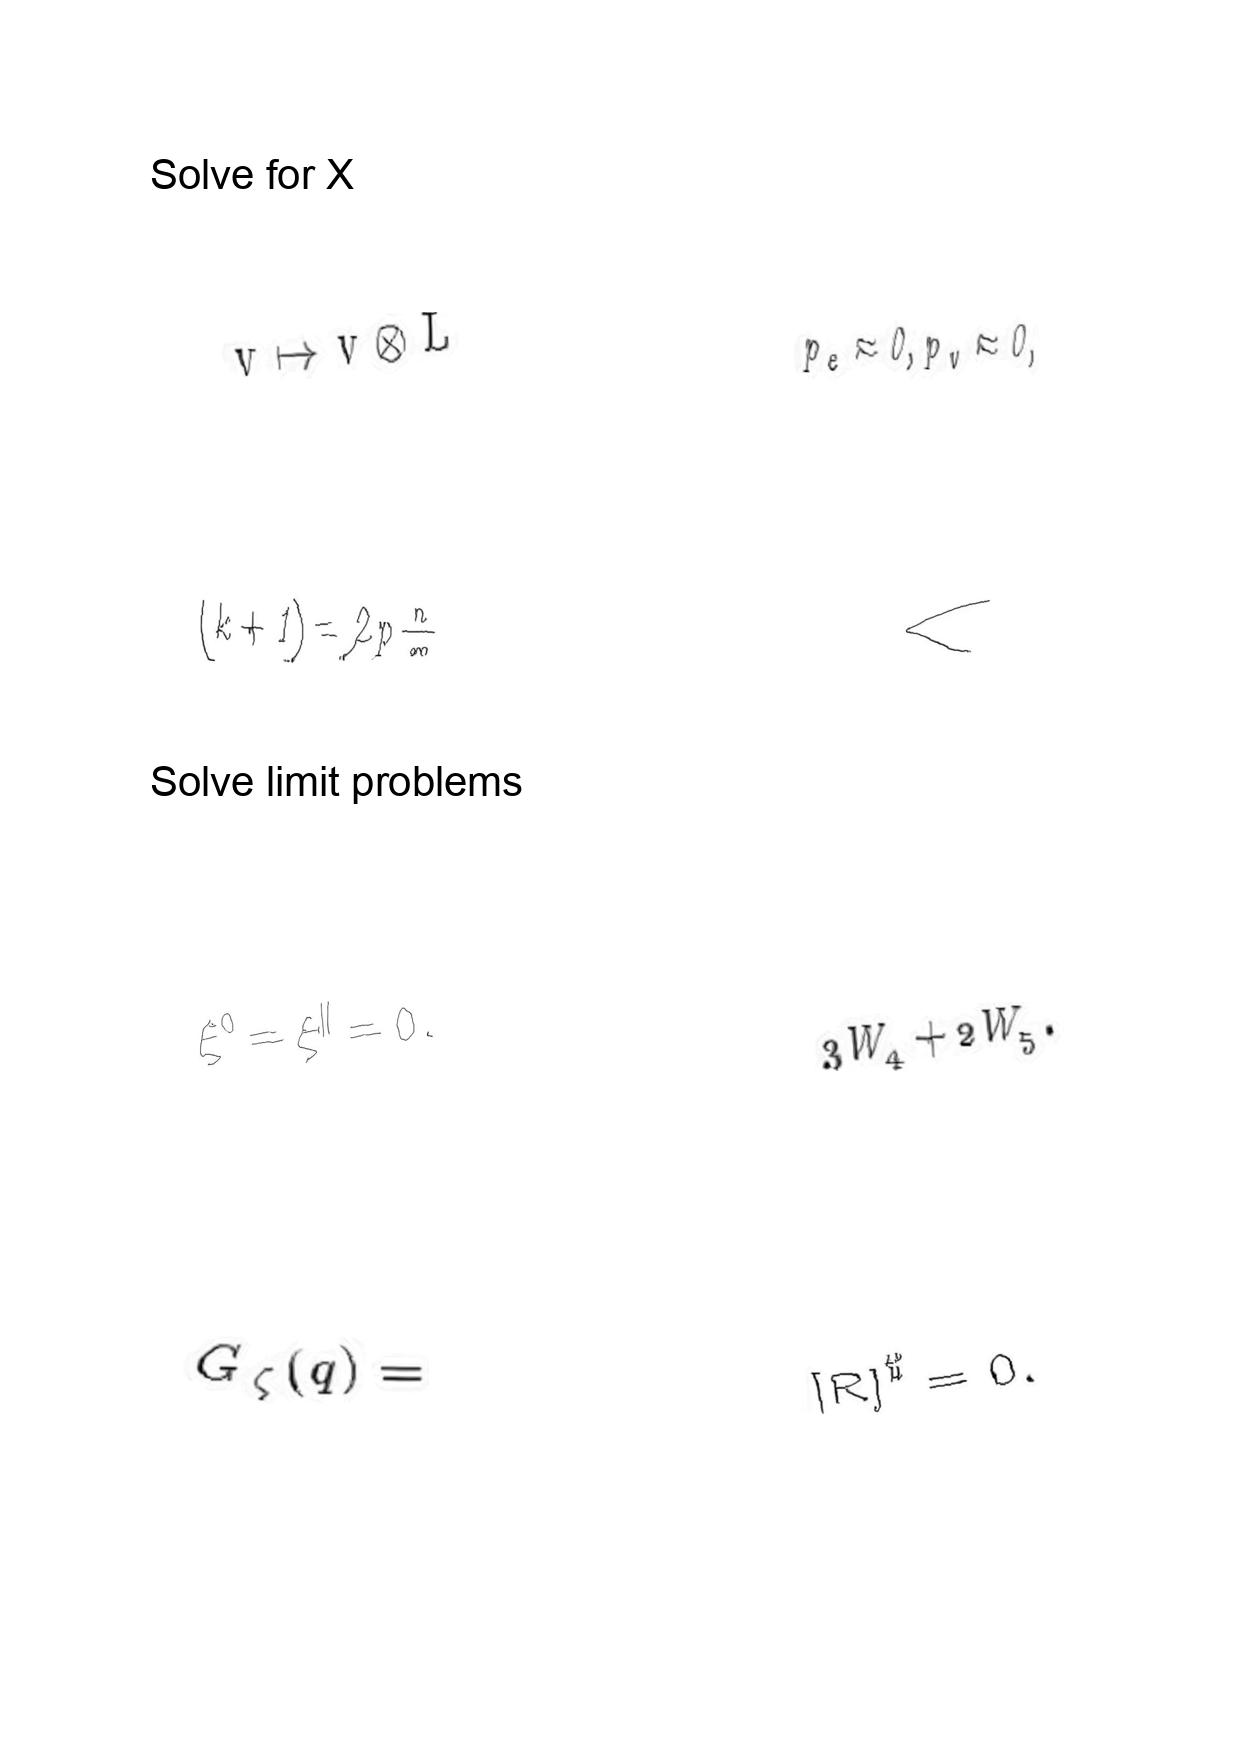
LaTeX transcription:
v \mapsto v \otimes L
\lparen k + 1 \rparen = 2 p \frac { n } { m }
\xi ^ { 0 } = \xi ^ { \parallel } = 0 .
G _ { \zeta } \lparen q \rparen =
p _ { e } \approx 0 , p _ { v } \approx 0 ,
\langle
3 W _ { 4 } + 2 W _ { 5 } .
\lbrack R \rbrack ^ { \sharp } = 0 .